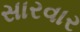
સારવાર